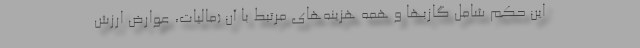
این حکم شامل گازبها و همه هزینه‌های مرتبط با آن (مالیات،‌ عوارض ارزش